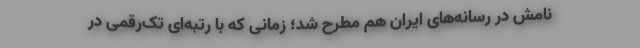
نامش در رسانه‌های ایران هم مطرح شد؛ زمانی که با رتبه‌ای تک‌رقمی در